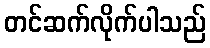
တင်ဆက်လိုက်ပါသည်